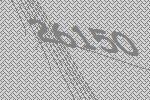
26150